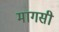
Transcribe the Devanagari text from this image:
मागसी